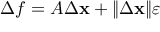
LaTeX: \Delta f = A \Delta \mathbf { x } + \| \Delta \mathbf { x } \| { \boldsymbol { \varepsilon } }